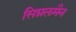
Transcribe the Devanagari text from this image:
सिग्नलमैन